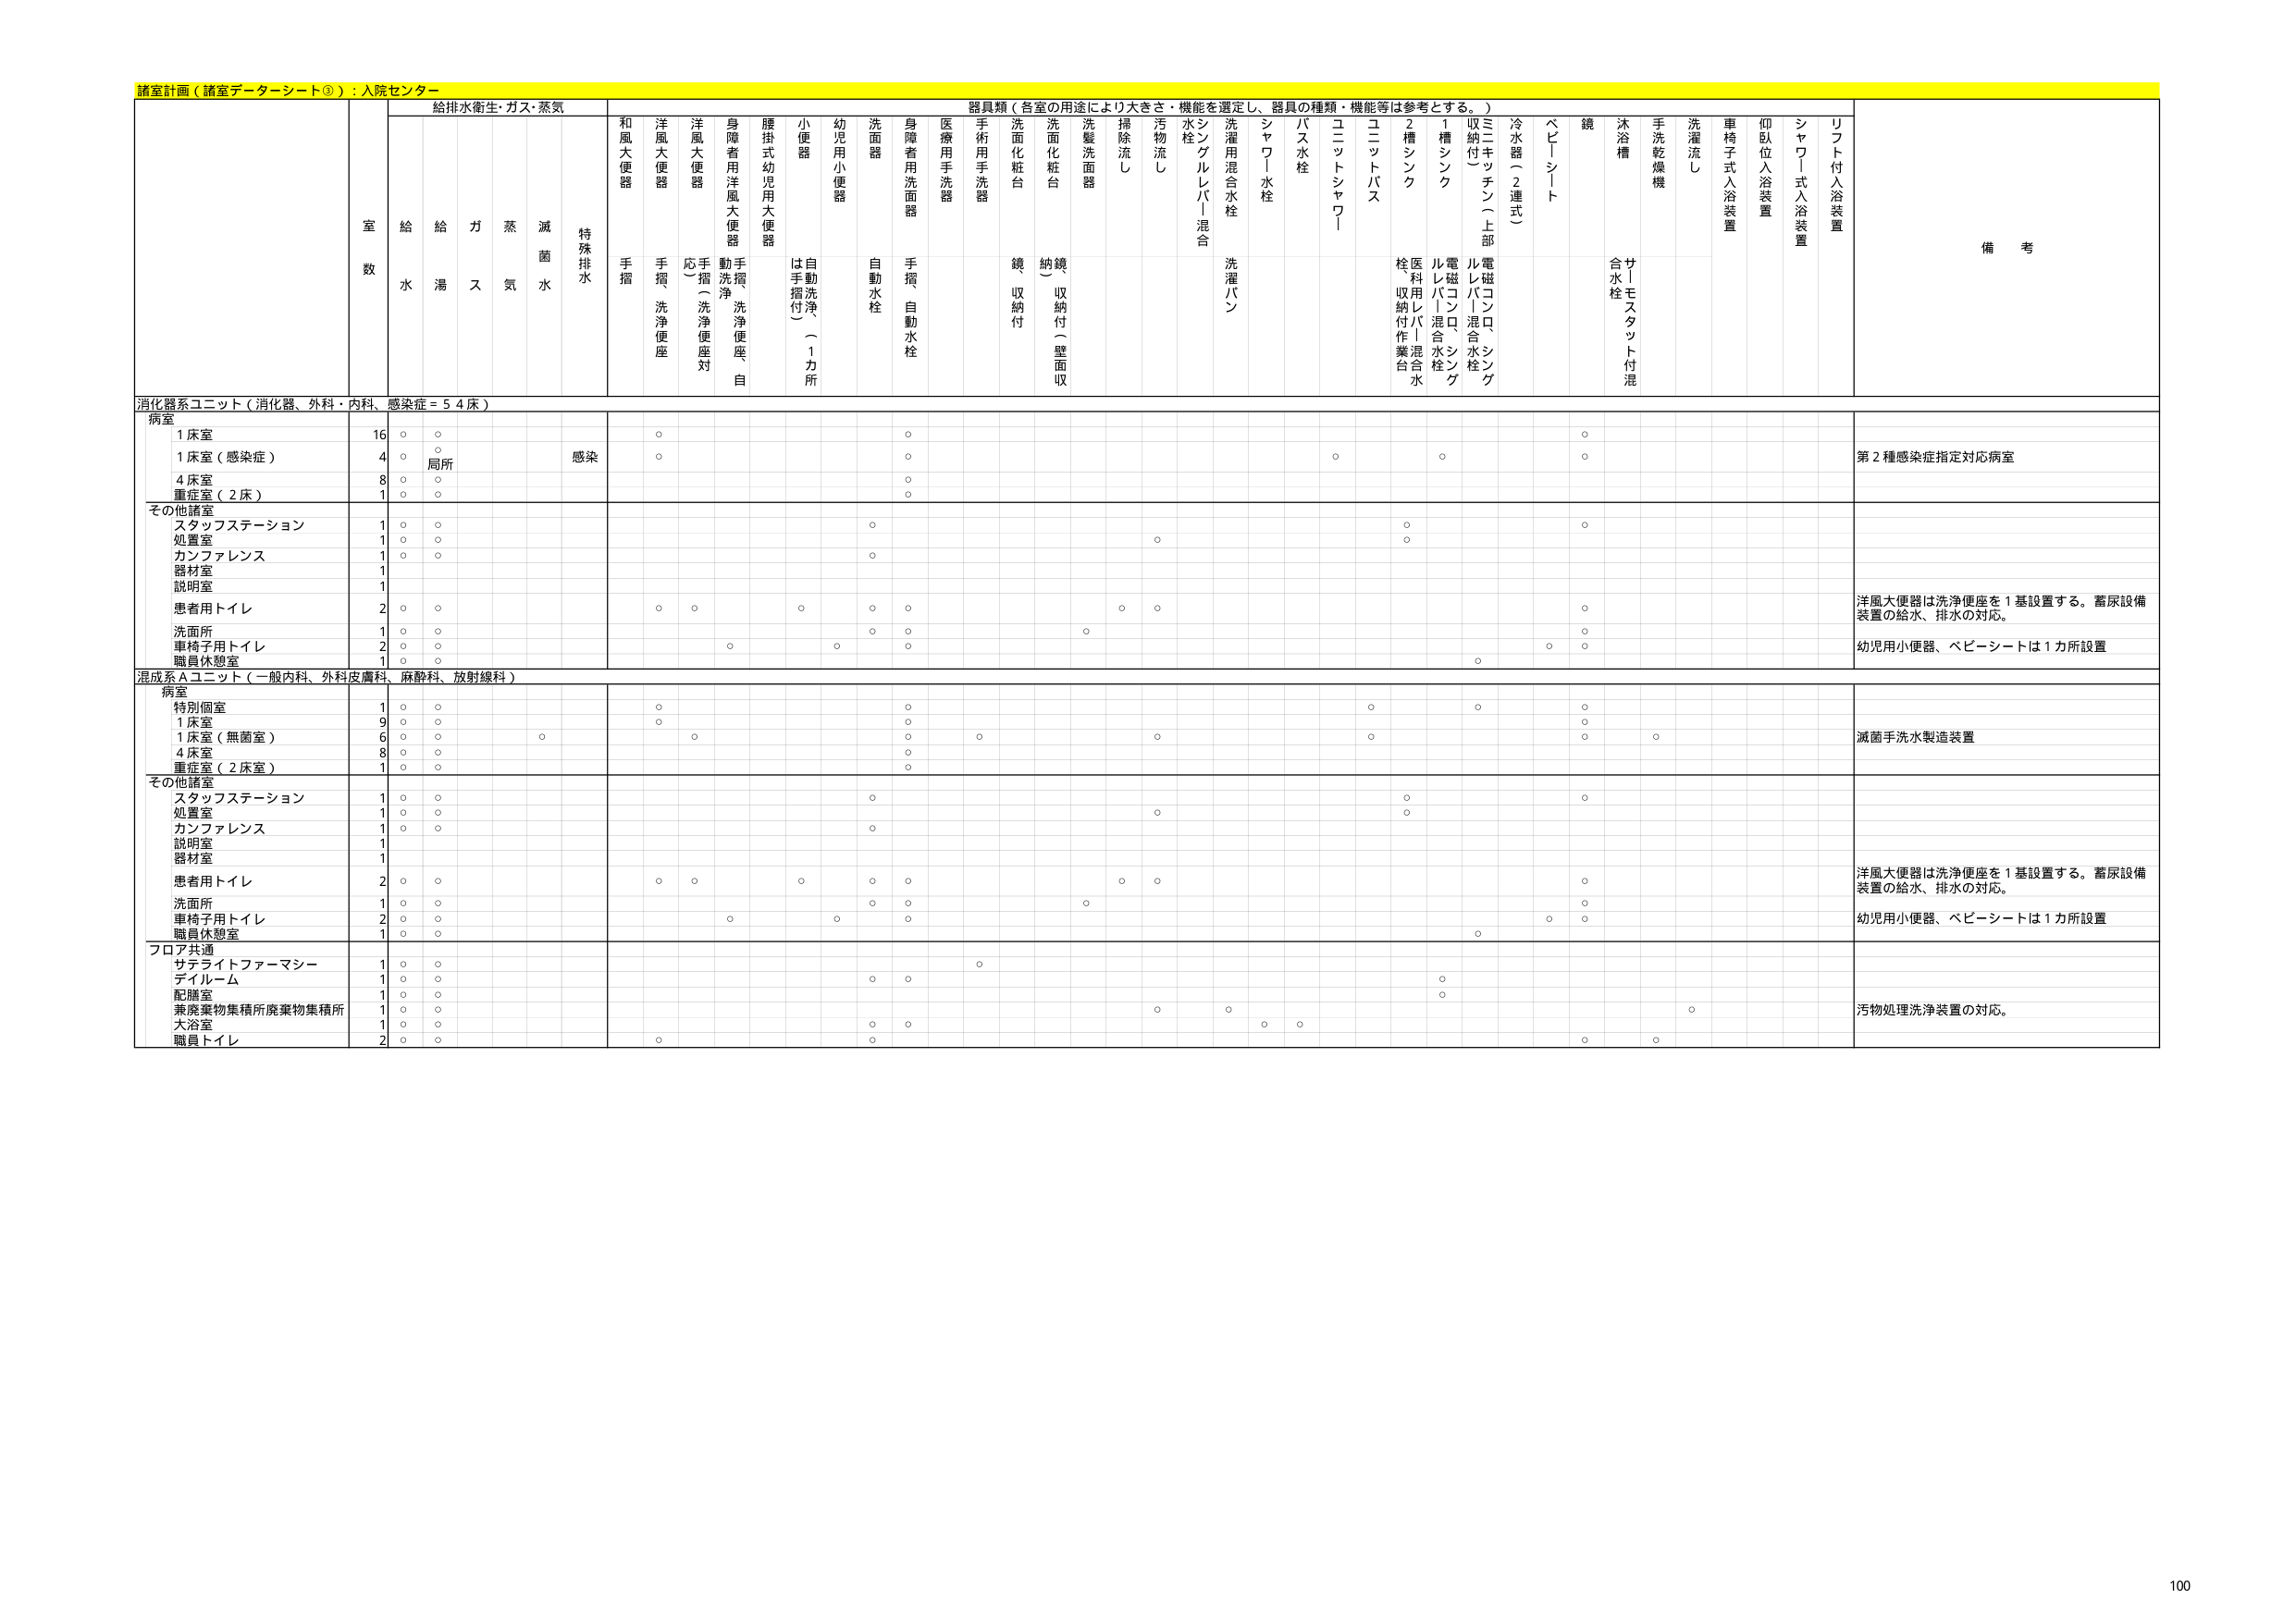
諸室計画（諸室データシート③）：入院センター

給排水衛生・ガス・蒸気
室数
給水
給湯
ガス
蒸気
滅菌水
特殊排水

器具類（各室の用途により大きさ・機能を選定し、器具の種類・機能等は参考とする。）
和風大便器
手摺
洋風大便器
手摺、洗浄便座
洋風大便器
応（洗浄便座対応）
身障者用洋風大便器
動洗浄、洗浄便座、自
腰掛式幼児用大便器
小便器
は手摺付（1カ所）
自動洗浄
幼児用小便器
洗面器
自動水栓
身障者用洗面器
手摺、自動水栓
医療用手洗器
手術用手洗器
洗面化粧台
鏡収納付
洗面化粧台
納鏡（収納付（壁面収）
洗髪洗面器
掃除流し
汚物流し
水栓
シングルレバー混合
洗濯用混合水栓
洗濯パン
シャワー水栓
バス水栓
ユニットシャワー
ユニットバス
2槽シンク
1槽シンク
収納付（）
ミニキッチン（上部）
冷水管（2連式）
ベビーシート
鏡
サトモスタット付混合水栓
手洗乾燥機
洗濯流し
車椅子式入浴装置
仰臥位入浴装置
シャワー式入浴装置
リフト付入浴装置

備考

消化器系ユニット（消化器、外科・内科、感染症＝54床）
病室
1床室
16
○
○
○
○
○
1床室（感染症）
4
○
局所
感染
○
○
○
○
第2種感染症指定対応病室
4床室
8
○
○
○
重症室（2床）
1
○
○
○

その他諸室
スタッフステーション
1
○
○
○
○
○
処置室
1
○
○
○
○
カンファレンス
1
○
○
○
器材室
1
説明室
1
患者用トイレ
2
○
○
○
○
○
○
○
○
○
○
洋風大便器は洗浄便座を1基設置する。蓄尿設備装置の給水、排水の対応。
洗面所
1
○
○
○
○
○
○
○
○
車椅子用トイレ
2
○
○
○
○
○
○
○
○
幼児用小便器、ベビーシートは1カ所設置
職員休憩室
1
○
○
○

混成系Aユニット（一般内科、外科皮膚科、麻酔科、放射線科）
病室
特別個室
1
○
○
○
○
○
○
○
1床室
9
○
○
○
○
○
○
1床室（無菌室）
6
○
○
○
○
○
○
○
○
○
○
滅菌手洗水製造装置
4床室
8
○
○
○
重症室（2床室）
1
○
○
○

その他諸室
スタッフステーション
1
○
○
○
○
○
処置室
1
○
○
○
○
カンファレンス
1
○
○
○
説明室
1
器材室
1
患者用トイレ
2
○
○
○
○
○
○
○
○
○
○
洋風大便器は洗浄便座を1基設置する。蓄尿設備装置の給水、排水の対応。
洗面所
1
○
○
○
○
○
○
○
車椅子用トイレ
2
○
○
○
○
○
○
○
○
幼児用小便器、ベビーシートは1カ所設置
職員休憩室
1
○
○
○

フロア共通
サテライトファーマシー
1
○
○
○
デイルーム
1
○
○
○
○
○
配膳室
1
○
○
○
兼廃棄物集積所廃棄物集積所
1
○
○
○
○
○
汚物処理洗浄装置の対応。
大浴室
1
○
○
○
○
○
○
○
職員トイレ
2
○
○
○
○
○

100